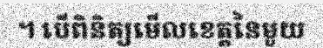
។ បើពិនិត្យមើលខេត្តនៃមួយ